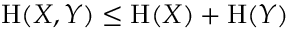
\mathrm { H } ( X , Y ) \leq \mathrm { H } ( X ) + \mathrm { H } ( Y )